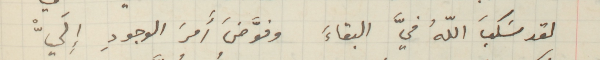
لقد سَكبَ اللهُ فيَّ البقاءَ وفوَّضَ أَمرَ الوجودِ إِليّْ